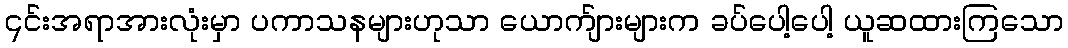
၎င်းအရာအားလုံးမှာ ပကာသနများဟုသာ ယောက်ျားများက ခပ်ပေါ့ပေါ့ ယူဆထားကြသော